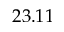
2 3 . 1 1